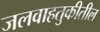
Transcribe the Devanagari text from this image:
जलवाहतुकीतील